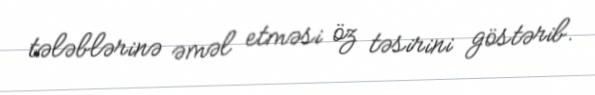
tələblərinə əməl etməsi öz təsirini göstərib.